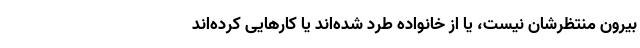
بیرون منتظرشان نیست، یا از خانواده طرد شده‌اند یا کارهایی کرده‌اند